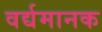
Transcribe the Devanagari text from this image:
वर्द्यमानक